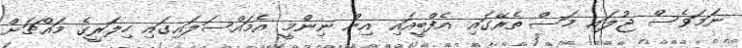
ނަމަވެސް ޖުލައި މަސް ތެރޭގައި އެފްބީއައި އިން ނިންމީ އެމައްސަލައިގައި ހިލަރީގެ މައްޗަށް